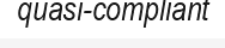
quasi-compliant